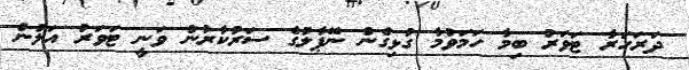
ދަރަހަރާ ޓަވަރު ބިމާ ހަމަވުމާ ގުޅިގެން ނޭޕާލުގެ ސަރުކާރުން ވަނީ ޓަވަރު އަލުން